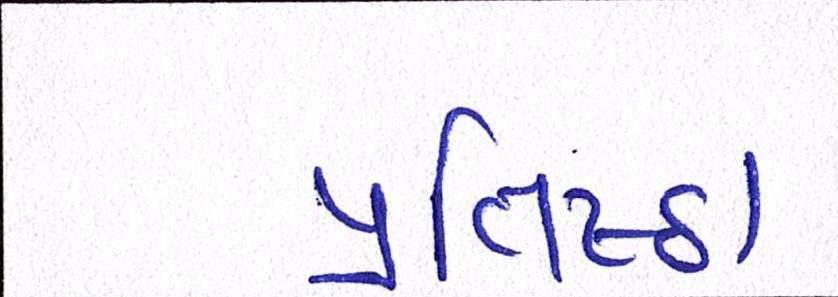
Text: પ્રતિષ્ઠા